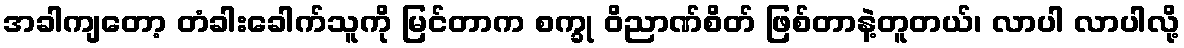
အခါကျတော့ တံခါးခေါက်သူကို မြင်တာက စက္ခု ဝိညာဏ်စိတ် ဖြစ်တာနဲ့တူတယ်၊ လာပါ လာပါလို့